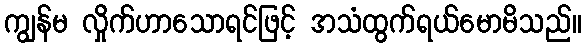
ကျွန်မ လှိုက်ဟာသောရင်ဖြင့် အသံထွက်ရယ်မောမိသည်။